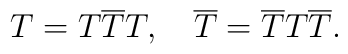
T=T\overline{T}T,\quad \overline{T}=\overline{T}T\overline{T}.